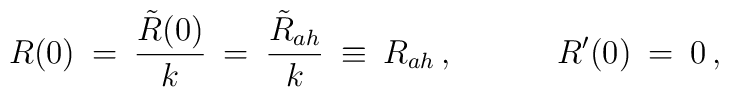
R (0) \: = \: \frac{\tilde R (0)}{k} \: = \: \frac{\tilde R _{ah}}{k} \:\equiv \: R_{ah} \, ,\; \; \; \; \;  \; \; \; \; \; \; R '(0) \: = \: 0\, ,